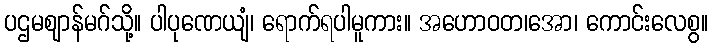
ပဌမဈာန်မဂ်သို့။ ပါပုဏေယျံ၊ ရောက်ရပါမူကား။ အဟောဝတ၊အော၊ ကောင်းလေစွ။